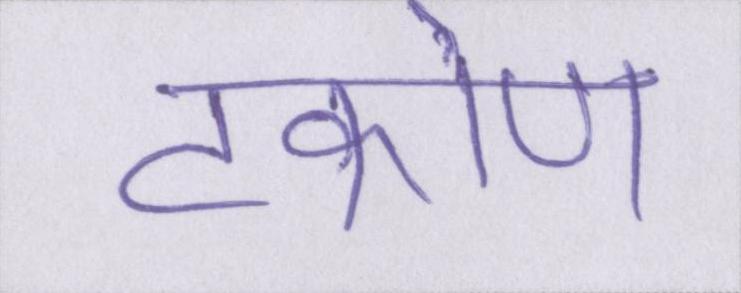
टकोण